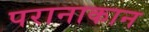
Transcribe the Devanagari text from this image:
परानाकान